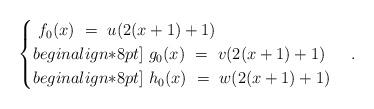
LaTeX: \begin{align*}\begin{cases}\ f_0(x) \ = \ u(2(x + 1) + 1)\\begin{align*}8pt]\ g_0(x) \ = \ v(2(x + 1) + 1)\\begin{align*}8pt]\ h_0(x) \ = \ w(2(x + 1) + 1)\end{cases}.\end{align*}